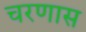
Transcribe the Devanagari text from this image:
चरणास